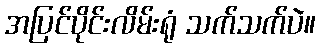
အပြင်ပိုင်းလိမ်းရုံ သက်သက်ပဲ။